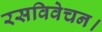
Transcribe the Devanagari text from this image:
रसविवेचन।